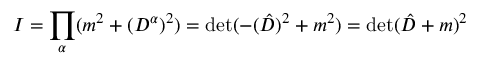
I = \prod _ { \alpha } ( m ^ { 2 } + ( D ^ { \alpha } ) ^ { 2 } ) = \operatorname * { d e t } ( - ( \hat { D } ) ^ { 2 } + m ^ { 2 } ) = \operatorname * { d e t } ( \hat { D } + m ) ^ { 2 }